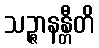
သဉ္ဇာနန္တီတိ